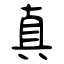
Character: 真